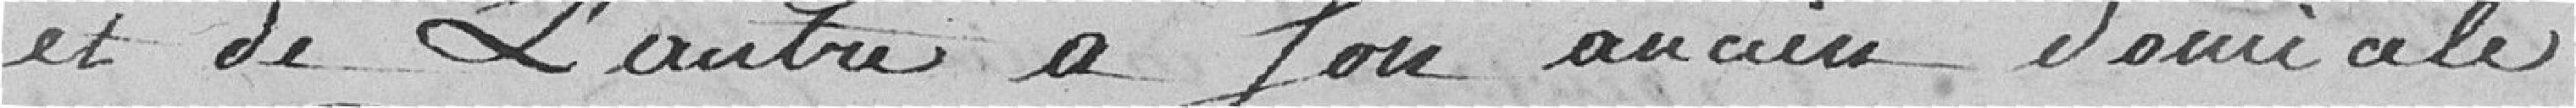
et de l'autre à son ancien domicile